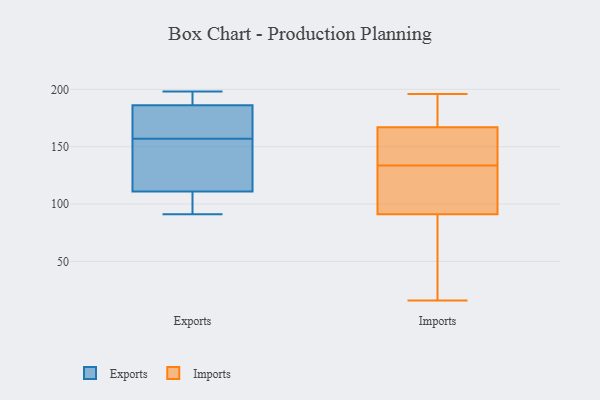
{"axis": {"x": "Headcount", "y": "Value"}, "legend": ["Exports", "Imports"], "data": [{"x": "", "y": 142, "type": "Exports"}, {"x": "", "y": 198, "type": "Exports"}, {"x": "", "y": 111, "type": "Exports"}, {"x": "", "y": 194, "type": "Exports"}, {"x": "", "y": 159, "type": "Exports"}, {"x": "", "y": 153, "type": "Exports"}, {"x": "", "y": 186, "type": "Exports"}, {"x": "", "y": 108, "type": "Exports"}, {"x": "", "y": 163, "type": "Exports"}, {"x": "", "y": 103, "type": "Exports"}, {"x": "", "y": 91, "type": "Exports"}, {"x": "", "y": 197, "type": "Exports"}, {"x": "", "y": 171, "type": "Exports"}, {"x": "", "y": 155, "type": "Exports"}, {"x": "", "y": 91, "type": "Imports"}, {"x": "", "y": 125, "type": "Imports"}, {"x": "", "y": 177, "type": "Imports"}, {"x": "", "y": 147, "type": "Imports"}, {"x": "", "y": 16, "type": "Imports"}, {"x": "", "y": 82, "type": "Imports"}, {"x": "", "y": 192, "type": "Imports"}, {"x": "", "y": 173, "type": "Imports"}, {"x": "", "y": 196, "type": "Imports"}, {"x": "", "y": 49, "type": "Imports"}, {"x": "", "y": 126, "type": "Imports"}, {"x": "", "y": 141, "type": "Imports"}, {"x": "", "y": 117, "type": "Imports"}, {"x": "", "y": 91, "type": "Imports"}, {"x": "", "y": 161, "type": "Imports"}, {"x": "", "y": 160, "type": "Imports"}]}